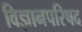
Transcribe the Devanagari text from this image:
विज्ञानपरिषद